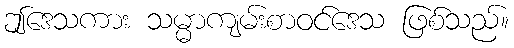
ဤဒေသကား သမ္မာကျမ်းစာဝင်ဒေသ ဖြစ်သည်။